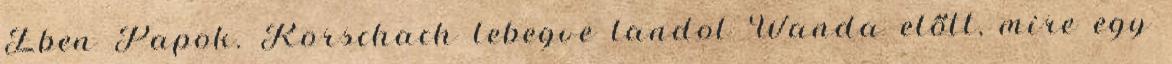
Ében Papok. Rorschach lebegve landol Wanda előtt, mire egy